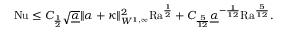
\begin{array} { r } { \mathrm { { N u } } \leq C _ { \frac { 1 } { 2 } } \sqrt { \underline { { \alpha } } } \| \alpha + \kappa \| _ { W ^ { 1 , \infty } } ^ { 2 } \mathrm { { R a } } ^ { \frac { 1 } { 2 } } + C _ { \frac { 5 } { 1 2 } } \underline { { \alpha } } ^ { - \frac { 1 } { 1 2 } } \mathrm { { R a } } ^ { \frac { 5 } { 1 2 } } . } \end{array}